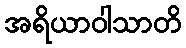
အရိယာဝါသာတိ